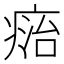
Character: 𤷩